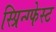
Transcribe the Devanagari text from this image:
स्प्रिन्ग्फेस्ट